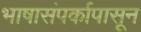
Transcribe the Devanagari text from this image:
भाषासंपर्कापासून